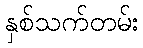
နှစ်သက်တမ်း